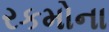
રકમોના